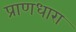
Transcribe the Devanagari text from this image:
प्राणधारा